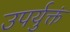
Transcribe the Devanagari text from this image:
उपर्युक्तं